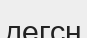
дегсн